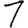
Digit: 1